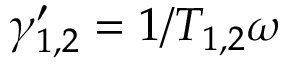
\gamma _ { 1 , 2 } ^ { \prime } = 1 / T _ { 1 , 2 } \omega